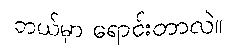
ဘယ်မှာ ရောင်းတာလဲ။